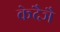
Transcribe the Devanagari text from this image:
केदैञै